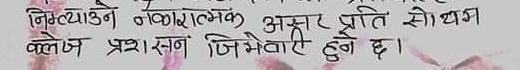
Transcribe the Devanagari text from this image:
निम्त्याउने नकारात्मक असर प्रति सोधभ
कलेज प्रशासन जिम्मेवारी हुने छ।